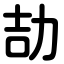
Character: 劼